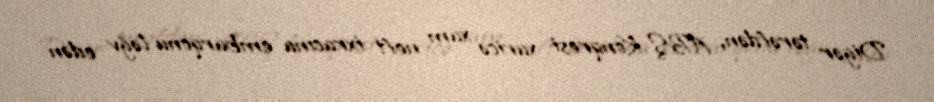
Digər tərəfdən, ABŞ Konqresi xaricə xam neft ixracına embarqonu ləğv edən